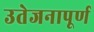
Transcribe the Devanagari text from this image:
उतेजनापूर्ण